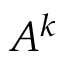
A ^ { k }